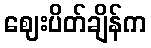
ဈေးပိတ်ချိန်က